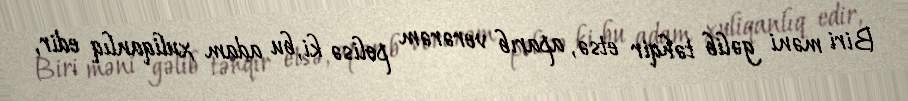
Biri məni gəlib təhqir etsə, aparıb verərəm polisə ki, bu adam xuliqanlıq edir,